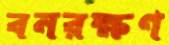
বনরক্ষণ